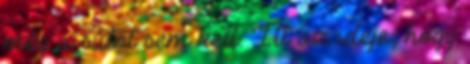
még a sütőt sem kell. Itt az ideje, hogy